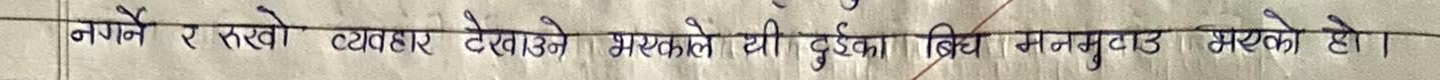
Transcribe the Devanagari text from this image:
नपर्ने र रुखो व्यवहार देखाउने भएकाले यी दुईका बिच मनमुटाव भएको हो ।